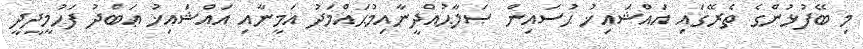
މި ބޭފުޅުންގެ ތެރޭގައި އައްޝައިޚު ޙުސައިން ޞަލާޙުއްދީނާއިމުޙައްމަދު އަމީނާއި އައްޝައިޚު ޢަބްދު ފަހުމީދީދީ